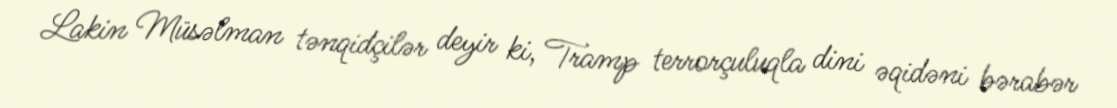
Lakin Müsəlman tənqidçilər deyir ki, Tramp terrorçuluqla dini əqidəni bərabər